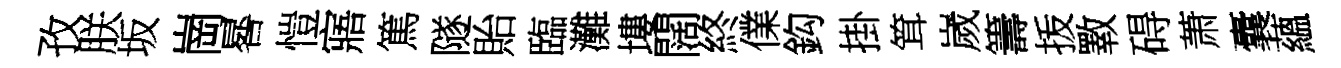
孜朕坂崗晷愷寤篤隧貽臨灘塿闊終㒒鈎掛䇯嵗籌㧞斁碍萧囊蘊